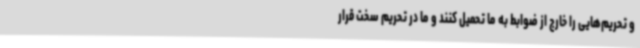
و تحریم‌هایی را خارج از ضوابط به ما تحمیل کنند و ما در تحریم سخت قرار